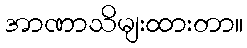
အာဏာသိမျးထားတာ။